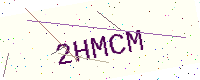
Text: 2HMCM